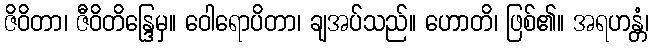
ဇိဝိတာ၊ ဇီဝိတိန္ဒြေမှ။ ဝေါရောပိတာ၊ ချအပ်သည်။ ဟောတိ၊ ဖြစ်၏။ အရဟန္တံ၊